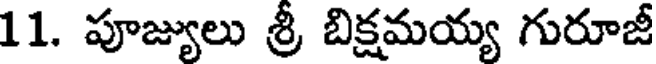
11. పూజ్యులు శ్రీ బిక్షమయ్య గురూజీ